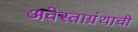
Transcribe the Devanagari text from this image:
अवेस्ताग्रंथाची